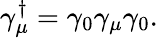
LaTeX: \gamma_{\mu}^{\dagger}=\gamma_{0}\gamma_{\mu}\gamma_{0}.